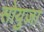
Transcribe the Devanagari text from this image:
सोयुज़ा